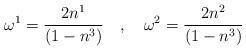
\begin{align*}\omega^{1}=\frac{2 n^{1}}{(1-n^{3})} \quad , \quad \omega^{2}=\frac{2 n^{2}}{(1-n^{3})}\end{align*}